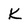
Character: K